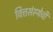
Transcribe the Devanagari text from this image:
वित्तसंस्थेची